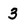
Character: 3